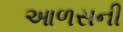
આળસની